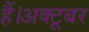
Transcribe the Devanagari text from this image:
हैं।अक्टूबर